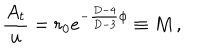
{ \frac { A _ { t } } { u } } = r _ { 0 } e ^ { - { \frac { D - 4 } { D - 3 } } \phi } \equiv M \, ,